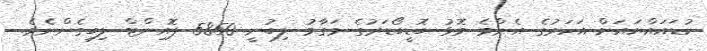
ކުޑައައްޔައަށް އަހަރުގެ އެންމެ މޮޅު ބޮޑީބޯޑަރުގެ މަގާމު ލިބުނީ 5850 ޕޮއިންޓް ލިބިގެންނެވެ.